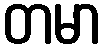
တမာ